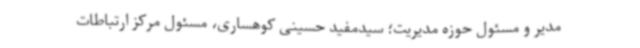
مدیر و مسئول حوزه مدیریت؛ سیدمفید حسینی کوهساری، مسئول مرکز ارتباطات